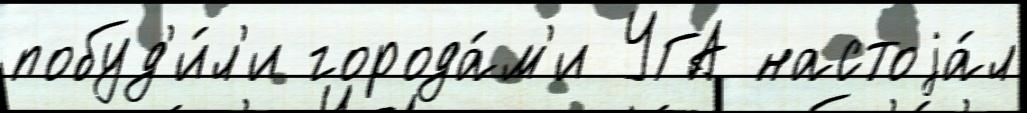
побуд'и́л'и города́м'и УГА настоjа́л